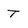
Character: t